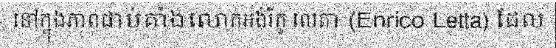
នៅក្នុងភាពជាប់គាំងលោកអង់រីកូ លេតា (Enrico Letta) ដែល